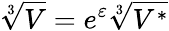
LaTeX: \sqrt[3]{V}=e^{\varepsilon}\sqrt[3]{V^{\ast}}